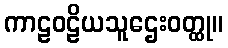
ကာဠဝဠိယသူဌေးဝတ္ထု။